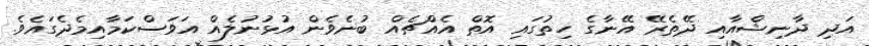
އަދި ދާނިޝްއާއި ދޭތެރޭ އޭނާގެ ހިތުގައި އޮތް އެއްޗެއް ބުނެވެން އުޅުނުލެއް އަވަސްކަމާއިމެދެގައެވެ.